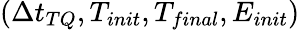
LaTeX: \left(\Delta t_{TQ},T_{init},T_{final},E_{init}\right)